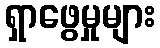
ရှာဖွေမှုများ